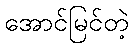
အောင်မြင်တဲ့